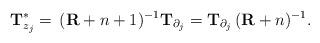
LaTeX: \begin{align*} \mathbf T_{z_j}^*=\,(\mathbf R+n+1)^{-1} \mathbf T_{\partial_j}=\mathbf T_{\partial_j}\,(\mathbf R+n)^{-1}. \end{align*}